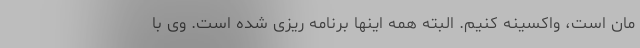
مان است، واکسینه کنیم. البته همه اینها برنامه ریزی شده است. وی با